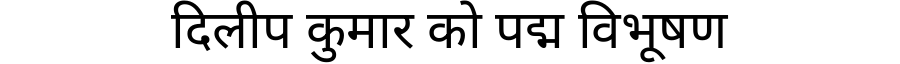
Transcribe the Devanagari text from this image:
दिलीप कुमार को पद्म विभूषण